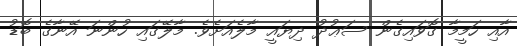
އާއި ހަމީމާ ގޮވައިގެން ސަޢުދު ދިޔައީ މާލެއަށެވެ. މާލޭގައި ހުންނަ އޭނާގެ ބޮޑު